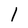
Character: 1